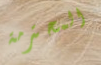
المحترمة